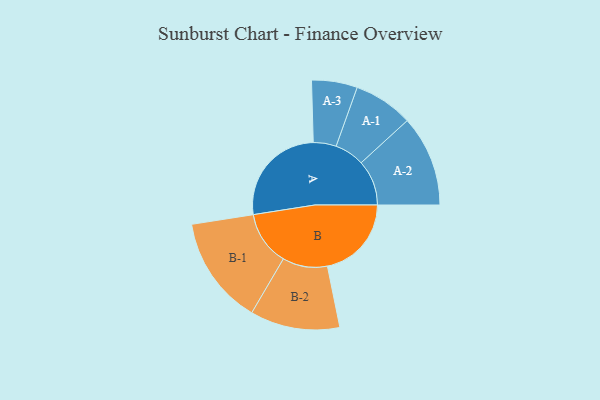
{"axis": {"x": "Segment", "y": "Value"}, "legend": ["", "A", "B"], "data": [{"x": "A", "y": 497, "type": ""}, {"x": "B", "y": 401, "type": ""}, {"x": "A-1", "y": 142, "type": "A"}, {"x": "A-2", "y": 217, "type": "A"}, {"x": "A-3", "y": 109, "type": "A"}, {"x": "B-1", "y": 259, "type": "B"}, {"x": "B-2", "y": 214, "type": "B"}]}